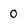
Character: 0